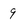
Character: 9